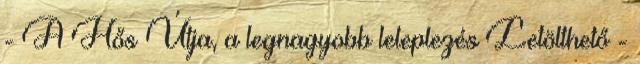
- A Hős Útja, a legnagyobb leleplezés Letölthető -